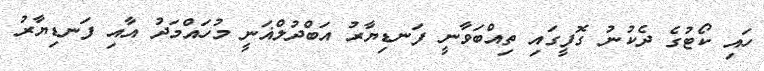
ހައި ކޯޓުގެ ދެކުނު ގޮފީގައި ތިއްބަވާނީ ފަނޑިޔާރު އަބްދުލްޣަނީ މުހައްމަދު އާއި ފަނޑިޔާރު